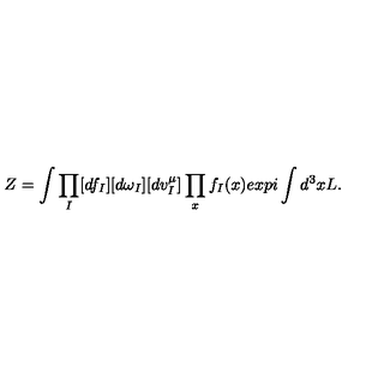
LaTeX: Z = \int \prod _ { I } [ d f _ { I } ] [ d \omega _ { I } ] [ d v _ { I } ^ { \mu } ] \prod _ { x } f _ { I } ( x ) e x p i \int d ^ { 3 } x L .